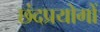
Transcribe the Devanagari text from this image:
छंदप्रयोगों